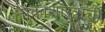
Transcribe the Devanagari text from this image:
नौकाशास्त्राची